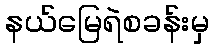
နယ်မြေရဲစခန်းမှ